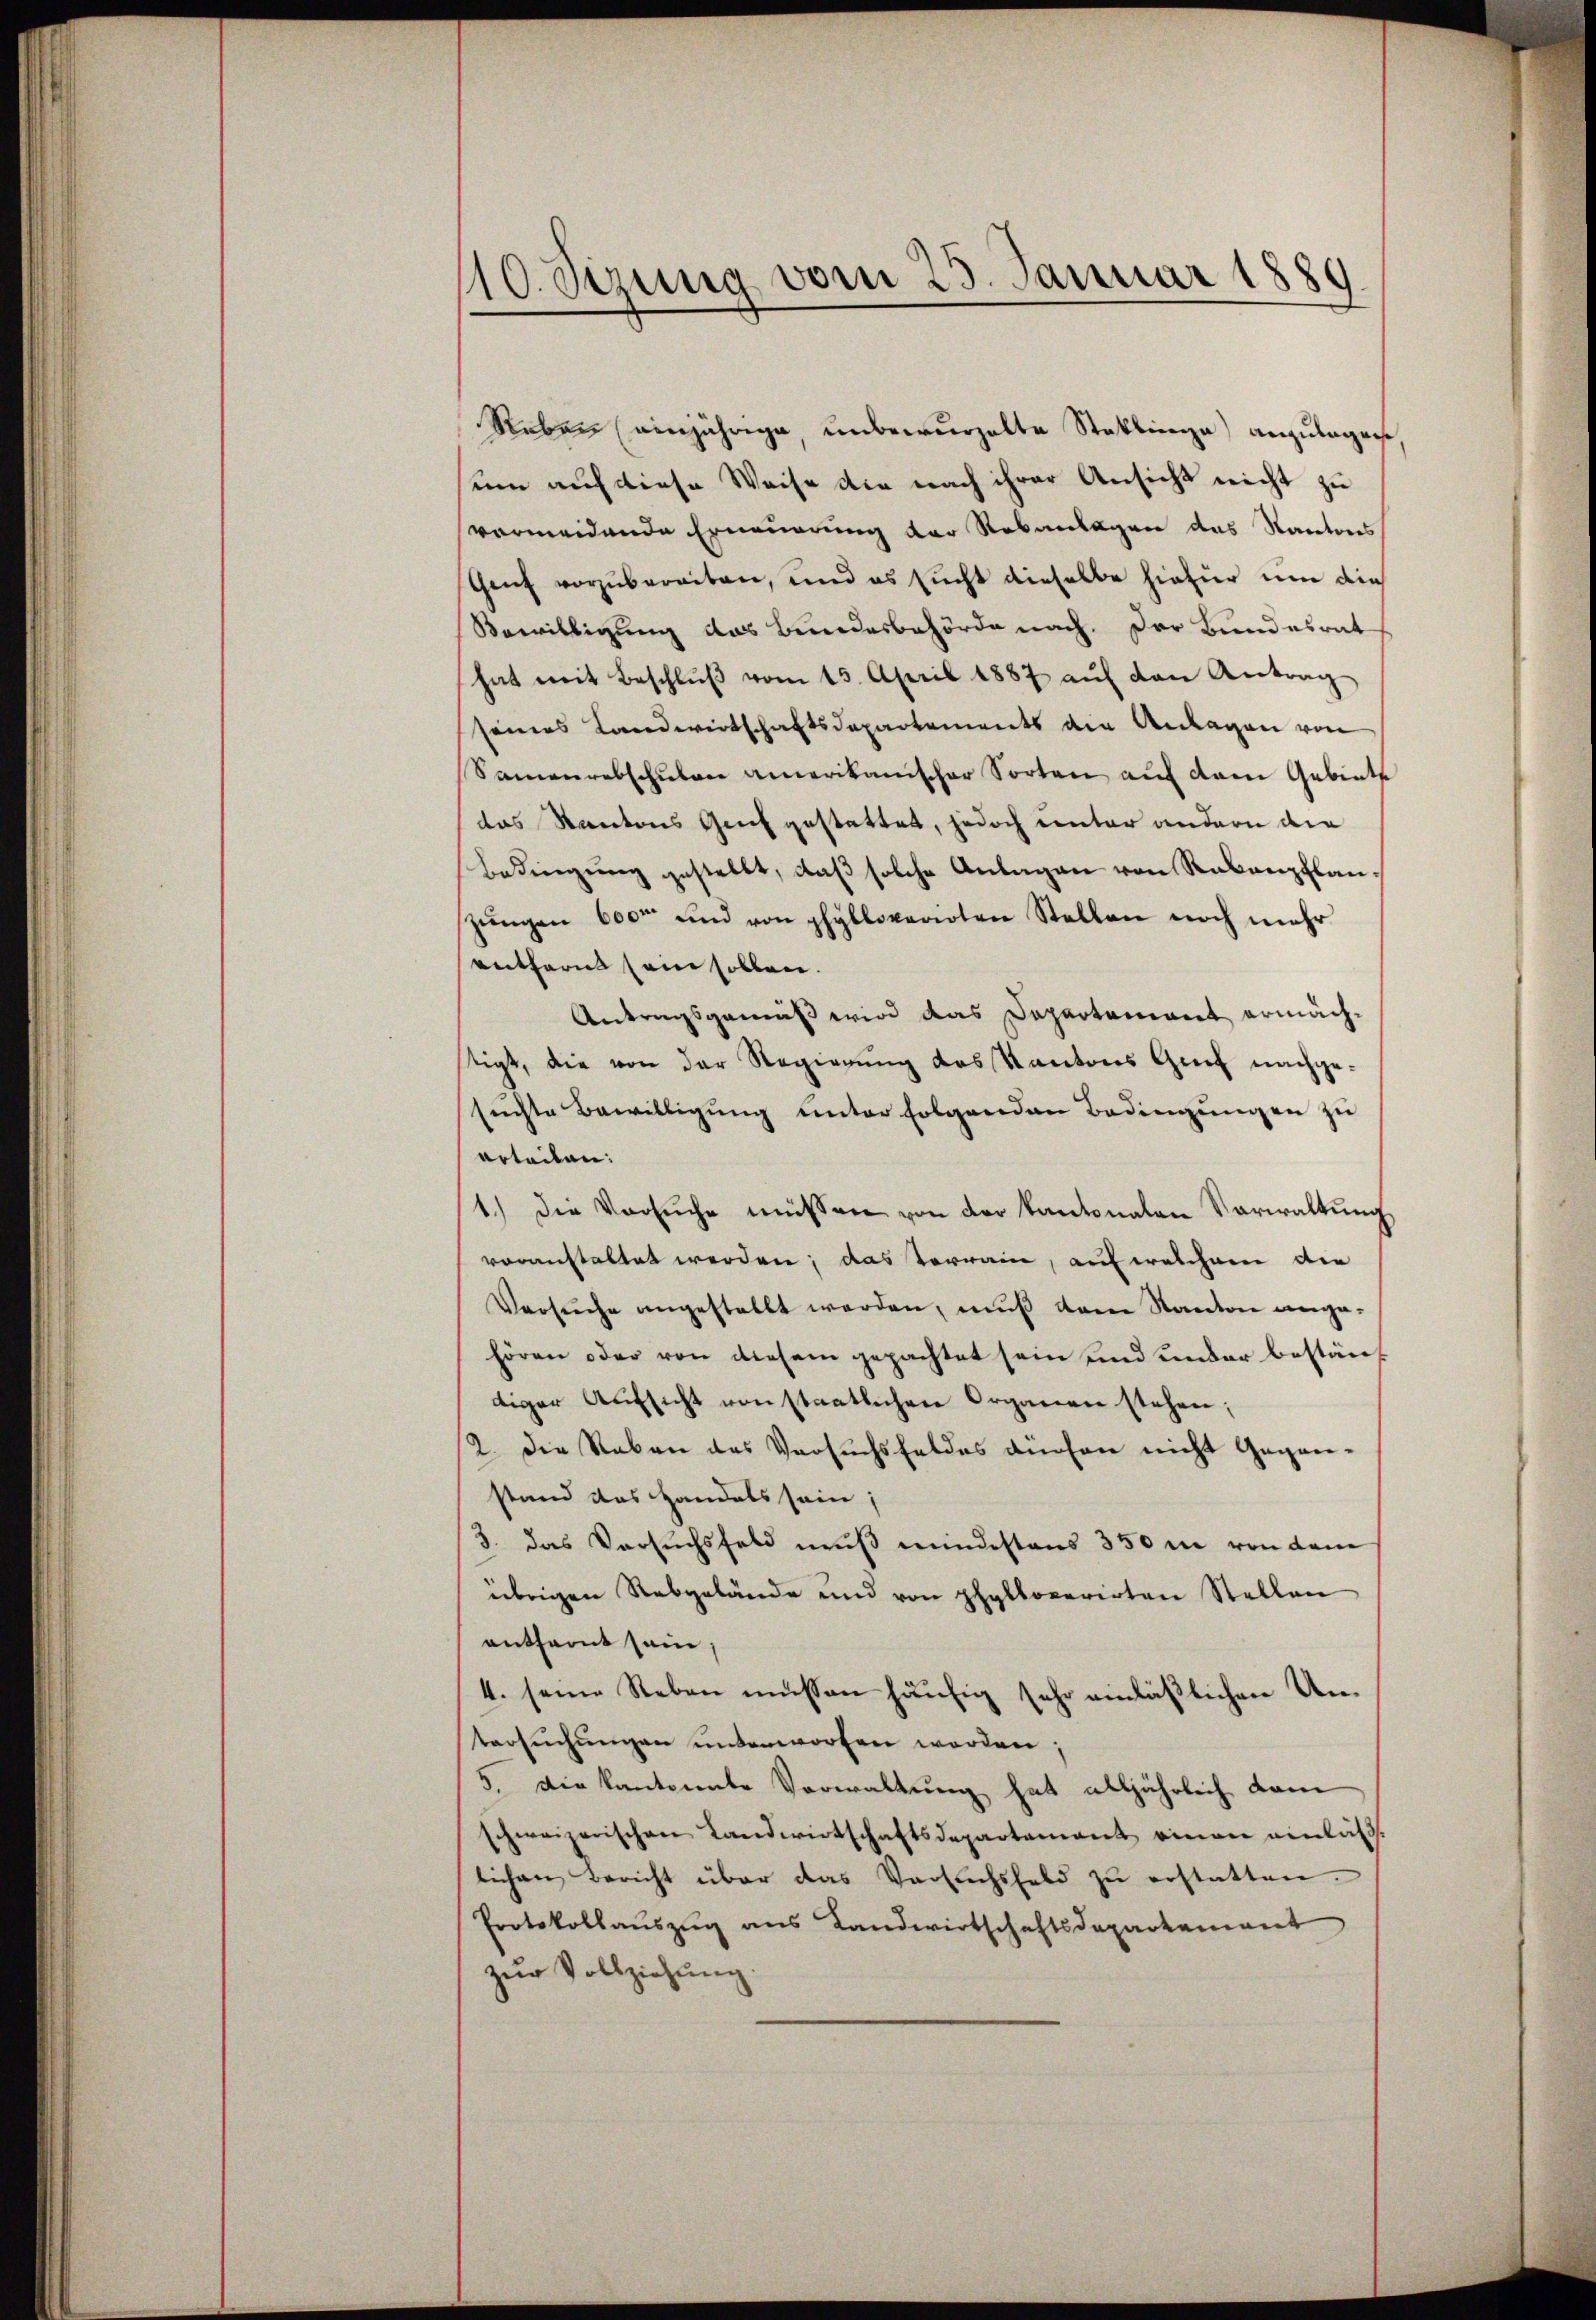
10. Setzung vom 23. Januar 1889

Reben einjährige, unbewurzelte Stoklinge) anzulagen
sum auf diese Weise die nach ihrer Ansicht nicht zu
vermeidende Erneuerung der Robanlagen das Kantons
Gant vorzubereiten, und es sucht dieselbe hiefür um die
Bewilligung das Bundesbehörde nach. Der Bundesrat
hat mit Beschlŭβ vom 15. April 1887 aŭf den Antrag
seines Landwirtschaftsdepartements die Anlagen von
Samenrebschulen amerikanischer Sorten auf dem Gebiete
das Kantons Genf gestattet, jedoch unter andern die
Bedingŭng gestellt, daβ solche Anlagen von Rabenpflan
zŭngen 6000 und von phyblovarirten Stellen noch mehr
entfernt sein sollen.
Antragsgemäß wird das Departement ermächtigt, die von der Regierung des Kantons Genf nachgesuchte Bewilligung unter folgenden Bedingungen zu
arteilen:
1.) Die Versŭche müssen von der Kantonalen Verwaltung
voranstaltet werden; das Verrain, auf welchem die
Versuche angestellt werden, muß dem Kanton angehören oder von diesem gepachtet sein und ander bestäntiger Aufsicht von staatlichen Organen stehen;
2. Die Reben des Versuchsfeldes dürfen nicht Gegen-
stand das Handels sein;
3. das Versuchsfeld muß mindestens 350 m von dem
übrigen Rebgelände und von phylloperirten Stellen
entfernt sein;
4. seine Reben müssen häufig sehr einläßlichen Untersŭchŭngen unterworfen werden;
5. Die kantonnte Verwaltung hat alljährlich dam
schweizerischen Landwirtschaftsdepartement einen einläs
lichen Bericht über das Versuchsfeld zŭ erstatten.
Protokollaŭszŭg ans Landwirtschaftsdepartement
zŭr Vollziehŭng.